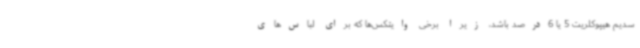
سدیم هیپوکلریت 5 یا 6درصد باشد، زیرا برخی وایتکس‌ها که برای لباس‌های